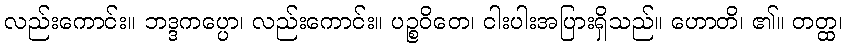
လည်းကောင်း။ ဘဒ္ဒကပ္ပော၊ လည်းကောင်း။ ပဉ္စဝိတေ၊ ငါးပါးအပြားရှိသည်။ ဟောတိ၊ ၏။ တတ္ထ၊